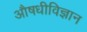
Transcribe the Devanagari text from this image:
औषधीविज्ञान